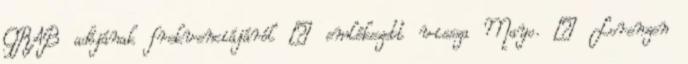
GRAB adójának frekvenciájáról – emlékezett vissza Mayo. – Lorenzen